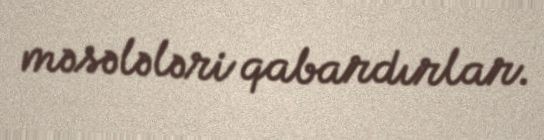
məsələləri qabardırlar.